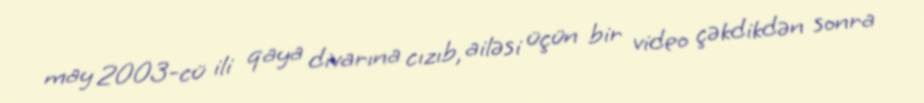
may 2003-cü ili qaya divarına cızıb, ailəsi üçün bir video çəkdikdən sonra